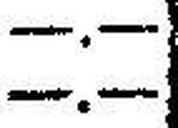
—.—